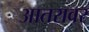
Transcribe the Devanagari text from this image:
आतरावर